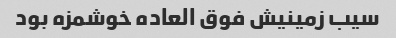
سیب زمینیش فوق العاده خوشمزه بود